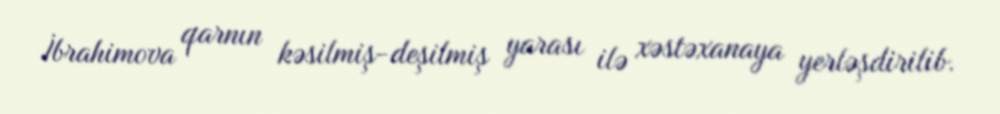
İbrahimova qarnın kəsilmiş-deşilmiş yarası ilə xəstəxanaya yerləşdirilib.